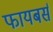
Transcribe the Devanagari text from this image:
फायबर्स